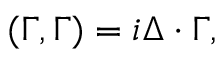
( \Gamma , \Gamma ) = i \Delta \cdot \Gamma ,